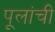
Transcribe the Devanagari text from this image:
पूलांची